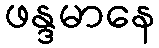
ဖန္ဒမာနေ